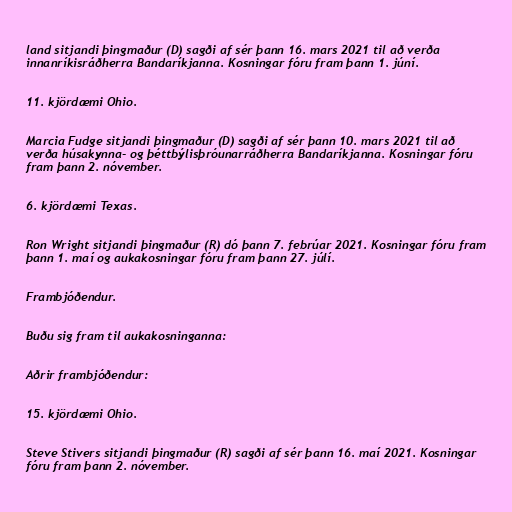
land sitjandi þingmaður (D) sagði af sér þann 16. mars 2021 til að verða
innanríkisráðherra Bandaríkjanna. Kosningar fóru fram þann 1. júní.

11. kjördæmi Ohio.

Marcia Fudge sitjandi þingmaður (D) sagði af sér þann 10. mars 2021 til að
verða húsakynna- og þéttbýlisþróunarráðherra Bandaríkjanna. Kosningar fóru
fram þann 2. nóvember.

6. kjördæmi Texas.

Ron Wright sitjandi þingmaður (R) dó þann 7. febrúar 2021. Kosningar fóru fram
þann 1. maí og aukakosningar fóru fram þann 27. júlí.

Frambjóðendur.

Buðu sig fram til aukakosninganna:

Aðrir frambjóðendur:

15. kjördæmi Ohio.

Steve Stivers sitjandi þingmaður (R) sagði af sér þann 16. maí 2021. Kosningar
fóru fram þann 2. nóvember.